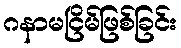
ဂနာမငြိမ်ဖြစ်ခြင်း